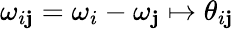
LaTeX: \omega_{i\mathbf{j}}=\omega_{i}-\omega_{\mathbf{j}}\mapsto\theta_{i\mathbf{j}}